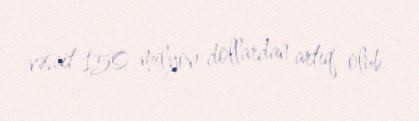
vəsait 150 milyon dollardan artıq olub.